画像に写った文字を読んでください
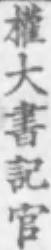
「權大書記官」と書いてあります